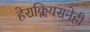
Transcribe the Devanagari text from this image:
हेराक्लियसनेही